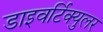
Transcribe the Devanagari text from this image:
डाइवर्टिक्युलर